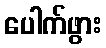
ပေါက်ဖွား